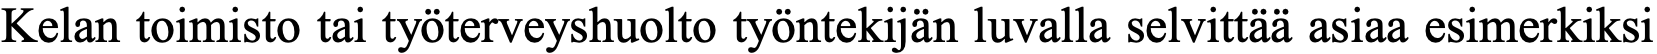
Kelan toimisto tai työterveyshuolto työntekijän luvalla selvittää asiaa esimerkiksi